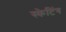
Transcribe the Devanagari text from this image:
स्‍केटिंग